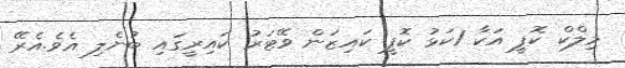
މިލްކް ކޮފީ އަކާ 1ކަޅު ކޮފީ ކައިޒަން ވޭޓަރު ކައިރީގައި ބުނެލި އެވެ.އެރޭ